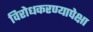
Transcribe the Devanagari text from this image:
विरोधकरण्यापेक्षा